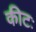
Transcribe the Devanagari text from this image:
कीटः